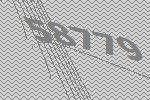
58779